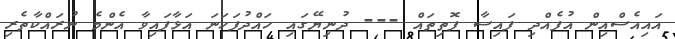
އައިއެސްއިން އުފެއްދި ފައިސާ ފޮތިތައް --- ދުނިޔޭގައި ހައްދުފަހަނަ އަޅާފައިވާ އެންމެ ނުރައްކާތެރި